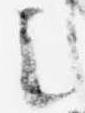
之